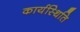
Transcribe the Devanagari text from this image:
कार्यस्थिति